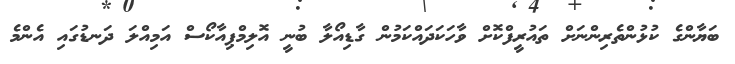
ބަޔާންގެ ކުޅުންތެރިންނަށް ތައުރީފްކޮށް ވާހަކަދައްކަމުން ގާޑިއޯލާ ބުނީ އޮލިމްޕިއާކޯސް އަމިއްލަ ދަނޑުގައި އެންމެ